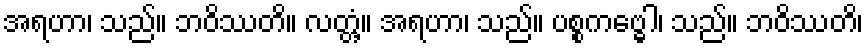
အရဟာ၊ သည်။ ဘဝိဿတိ။ လတ္တံ့။ အရဟာ၊ သည်။ ပစ္စကဗ္ဓေါ၊ သည်။ ဘဝိဿတိ၊